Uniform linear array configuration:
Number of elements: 16
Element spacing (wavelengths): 0.5
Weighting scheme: exponential
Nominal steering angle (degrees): -30
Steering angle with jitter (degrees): -30.418
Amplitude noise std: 0.05
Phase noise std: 0.05

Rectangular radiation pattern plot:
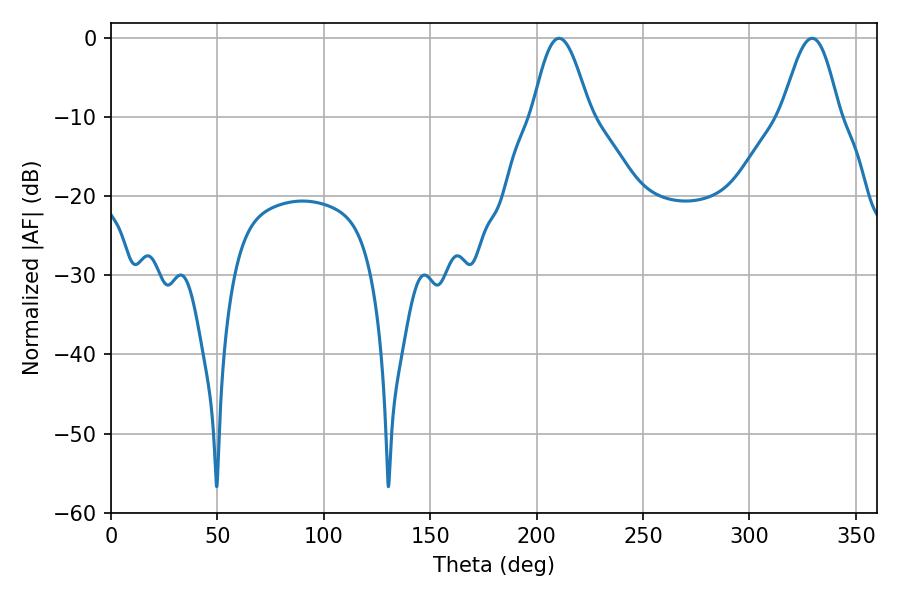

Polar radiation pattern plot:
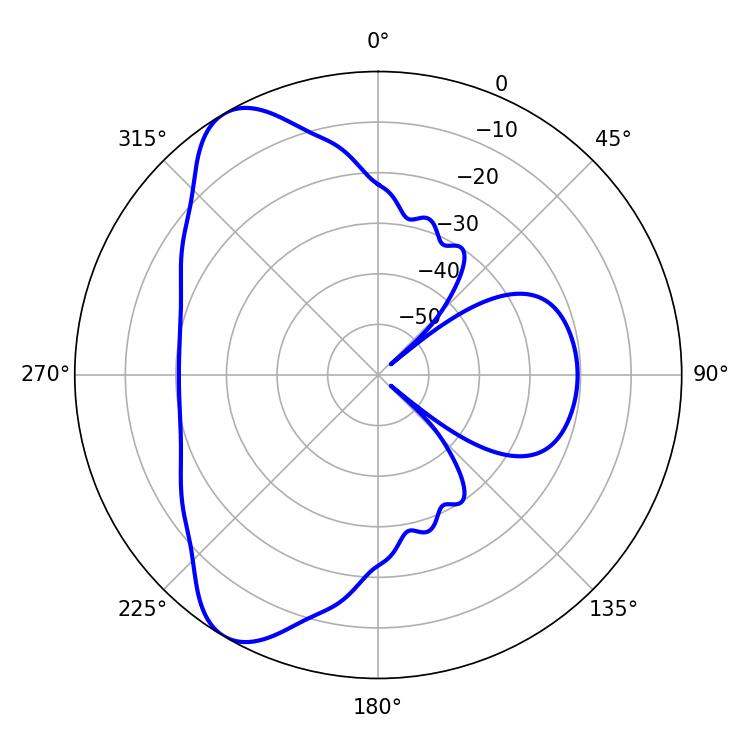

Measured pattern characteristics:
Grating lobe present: FALSE
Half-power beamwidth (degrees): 14.4
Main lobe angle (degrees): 210.6